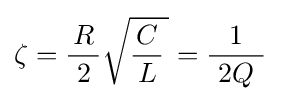
\zeta ={\frac {\,R\,}{2}}{\sqrt {{\frac {C}{\,L\,}}\,}}={\frac {1}{\ 2Q\ }}~